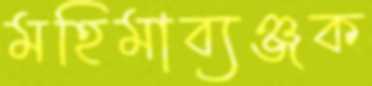
মহিমাব্যঞ্জক